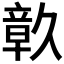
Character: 𮄴